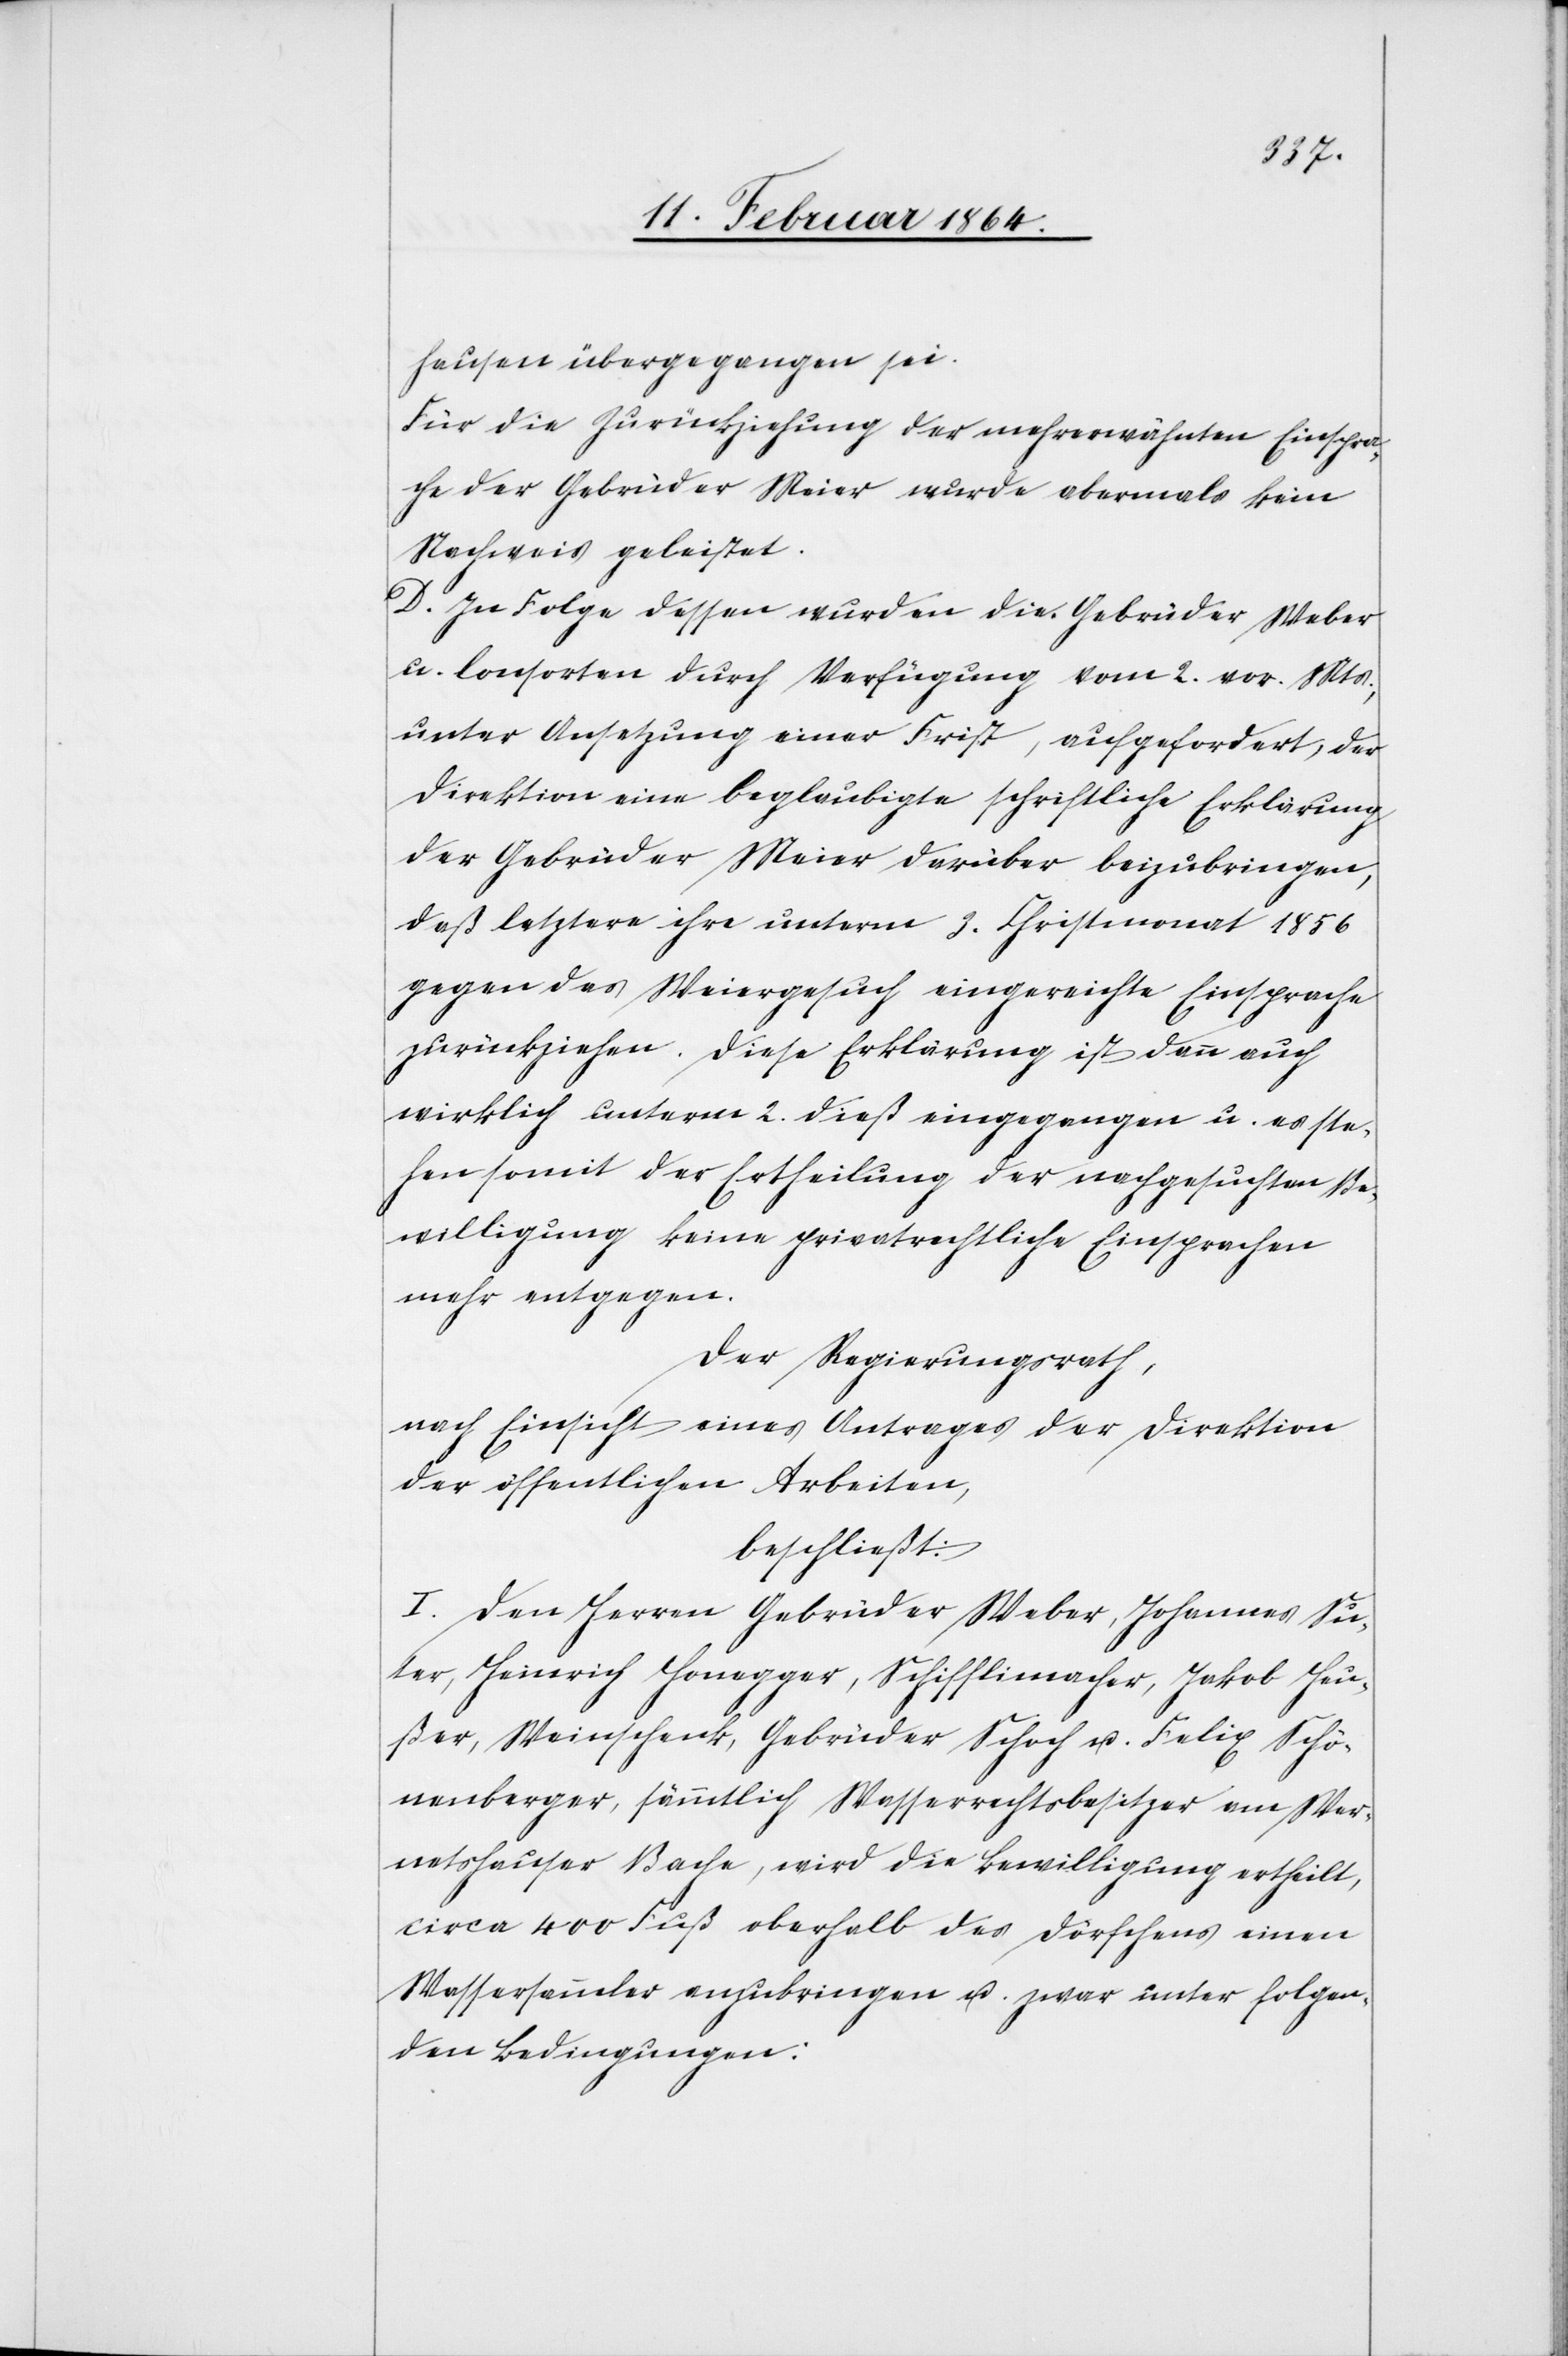
hausen übergegangen sei.
Für die Zurückziehung der mehrerwähnten Einspra¬
che der Gebrüder Meier wurde abermals kein
Nachweis geleistet.
D. In Folge dessen wurden die Gebrüder Weber
u. Consorten durch Verfügung vom 2. vor. Mts.,
unter Ansetzung einer Frist, aufgefordert, der
Direktion eine beglaubigte schriftliche Erklärung
der Gebrüder Meier darüber beizubringen,
daß letztere ihre unterm 2. Christmonat 1856
gegen das Weiergesuch eingereichte Einsprache
zurückziehen. Diese Erklärung ist dann auch
wirklich unterm 2. dieß eingegangen u. es ste¬
hen somit der Ertheilung der nachgesuchten Be¬
willigung keine privatrechtliche Einsprachen
mehr entgegen.
Der Regierungsrath,
nach Einsicht eines Antrages der Direktion
der öffentlichen Arbeiten,
beschließt:
I. Den Herren Gebrüder Weber, Johannes Su¬
ter, Heinrich Honegger, Schifflimacher, Jakob Heu¬
ßer, Weinschenk, Gebrüder Schoch u. Felix Schö¬
nenberger, sämmtlich Wasserrechtsbesitzer am Wer¬
netshauser Bache, wird die Bewilligung ertheilt,
circa 400 Fuß oberhalb des Dörfchens einen
Wassersammler anzubringen u. zwar unter folgen¬
den Bedingungen: